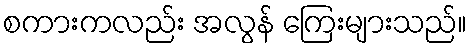
စကားကလည်း အလွန် ကြေးများသည်။